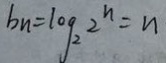
b _ { n } = \log _ { 2 } 2 ^ { n } = n